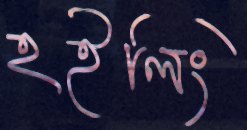
হইলিং